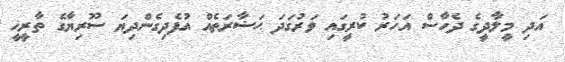
އަދި މީލާދީގެ ދެހާސް އަހަރު ކުރީގައި ވަރުގަދަ ޙަޟާރަތެއް އުފެދިގެންދިޔަ ސޫރިޔާގެ ތާރީޚީ